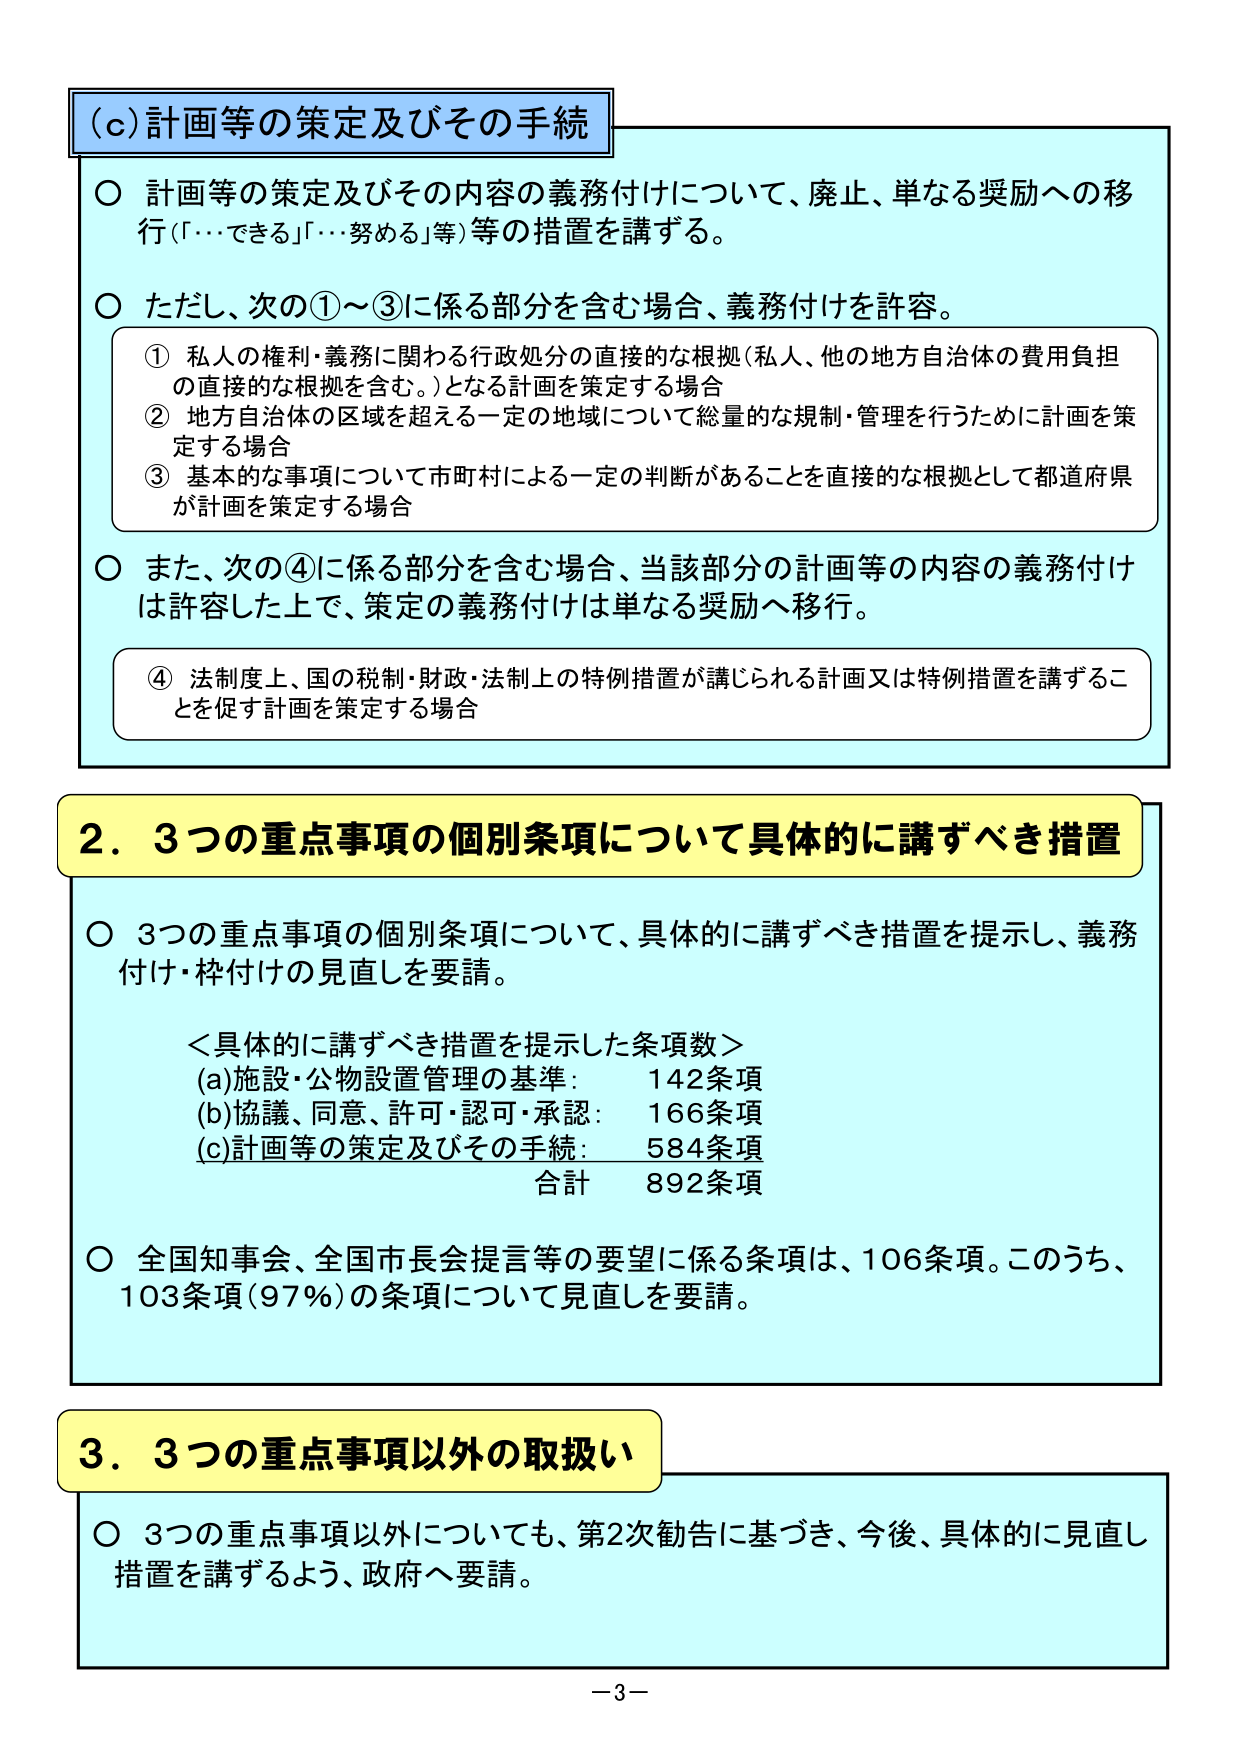
(c) 計画等の策定及びその手続

○ 計画等の策定及びその内容の義務付けについて、廃止、単なる奨励への移行（「…できる」「…努める」等）等の措置を講ずる。

○ ただし、次の①～③に係る部分を含む場合、義務付けを許容。
　① 私人の権利・義務に関わる行政処分の直接的な根拠（私人、他の地方自治体の費用負担の直接的な根拠を含む。）となる計画を策定する場合
　② 地方自治体の区域を超える一定の地域について総量的な規制・管理を行うために計画を策定する場合
　③ 基本的な事項について市町村による一定の判断があることを直接的な根拠として都道府県が計画を策定する場合

○ また、次の④に係る部分を含む場合、当該部分の計画等の内容の義務付けは許容した上で、策定の義務付けは単なる奨励へ移行。
　④ 法制度上、国の税制・財政・法制上の特例措置が講じられる計画又は特例措置を講ずることを促す計画を策定する場合

2．3つの重点事項の個別条項について具体的に講ずべき措置

○ 3つの重点事項の個別条項について、具体的に講ずべき措置を提示し、義務付け・枠付けの見直しを要請。

　＜具体的に講ずべき措置を提示した条項数＞
　(a)施設・公物設置管理の基準：　142条項
　(b)協議、同意、許可・認可・承認：　166条項
　(c)計画等の策定及びその手続：　584条項
　　　　　　　　　　　　　　　合計　892条項

○ 全国知事会、全国市長会提言等の要望に係る条項は、106条項。このうち、103条項（97％）の条項について見直しを要請。

3．3つの重点事項以外の取扱い

○ 3つの重点事項以外についても、第2次勧告に基づき、今後、具体的に見直し措置を講ずるよう、政府へ要請。

－3－